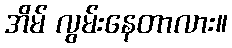
အိမ် လွမ်းနေတာလား။